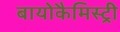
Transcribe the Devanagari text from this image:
बायोकैमिस्ट्री